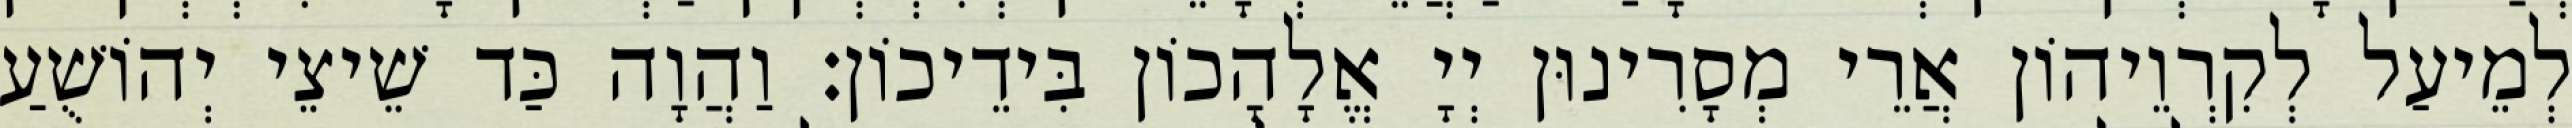
לְמֵיעַל לְקִרְוֵיהוֹן אֲרֵי מְסָרִינוּן יְיָ אֱלָהָכוֹן בִּידֵיכוֹן׃ וַהֲוָה כַּד שֵׁיצֵי יְהוֹשֻׁעַ